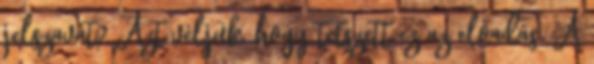
jelszavát? Azt véljük, hogy tetszett ez az előadás. A